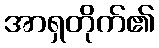
အာရှတိုက်၏